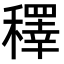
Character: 䆁